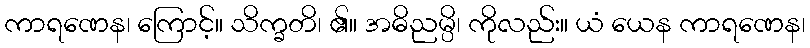
ကာရဏေန၊ ကြောင့်။ သိက္ခတိ၊ ၏။ အဓိညမ္ပိ၊ ကိုလည်း။ ယံ ယေန ကာရဏေန၊